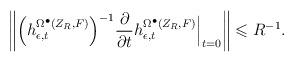
LaTeX: \begin{align*}\left\lVert \Big(h^{\Omega^\bullet(Z_R,F)}_{\epsilon,t}\Big)^{-1}\frac{\partial}{\partial t}h^{\Omega^\bullet(Z_R,F)}_{\epsilon,t}\Big|_{t=0}\right\rVert\leqslant R^{-1}.\end{align*}